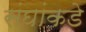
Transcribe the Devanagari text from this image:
संघांकडे